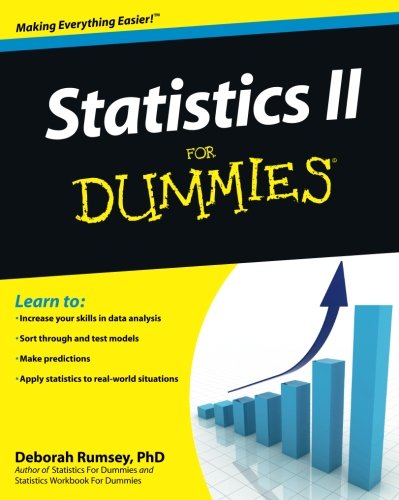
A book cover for Statistics II for Dummies; Deborah J. Rumsey; Science & Math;